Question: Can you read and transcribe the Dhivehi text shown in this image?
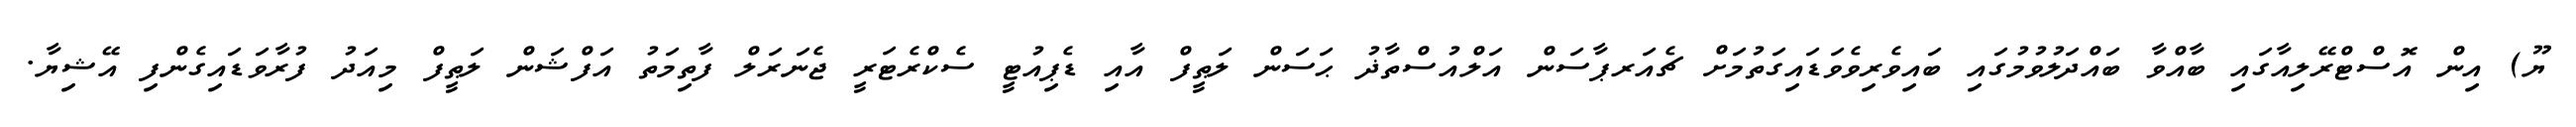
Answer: ޔޫ) އިން އޮސްޓްރޭލިއާގައި ބާއްވާ ބައްދަލުވުމުގައި ބައިވެރިވެވަޑައިގަތުމަށް ޗެއަރޕާސަން އަލްއުސްތާޛު ޙަސަން ލަޠީފް އާއި ޑެޕިއުޓީ ސެކްރެޓަރީ ޖެނަރަލް ފާތިމަތު އަފްޝަން ލަޠީފް މިއަދު ފުރާވަޑައިގެންފި އޭޝިޔާ.